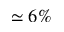
\simeq 6 \%